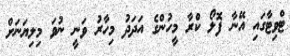
ޓްވިޓާގައި އޭނާ ފޮލޯ ކްރާ މީހުންގެ އަދަދު މިހާރު ވަނީ ނުވަ މިލިޔަނަށް